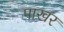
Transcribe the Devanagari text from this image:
पाखर